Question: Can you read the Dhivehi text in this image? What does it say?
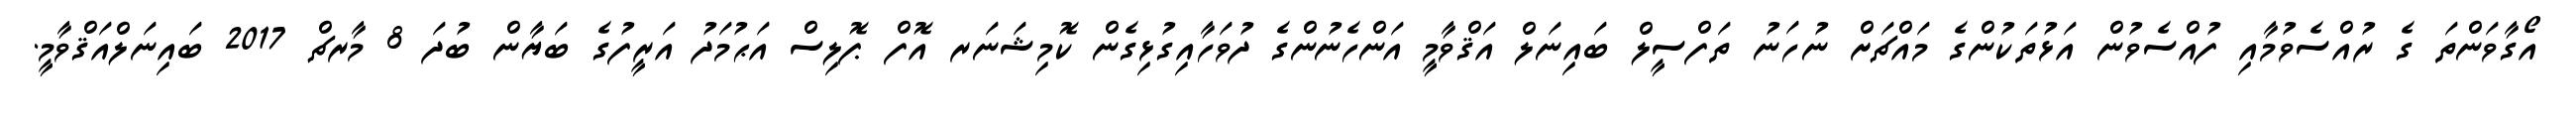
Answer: އޯގާވަންތަ ގެ ރުއްސެވުމާއި ފުއްސެވުން އަޅުތަކުންގެ މައްޗަށް ނުހަނު ތަފްސީލް ބައިނަލް އަޤްވާމީ އަންހެނުންގެ ދުވަހާއިގުޅިގެން ކޮމިޝަނަރ އޮފް ޕޮލިސް އަޙުމަދު އަރީފުގެ ބަޔާން ބުދަ 8 މާރޗް 2017 ބައިނަލްއަޤްވާމީ.